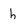
Character: h